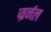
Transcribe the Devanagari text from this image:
ज्रर्नल